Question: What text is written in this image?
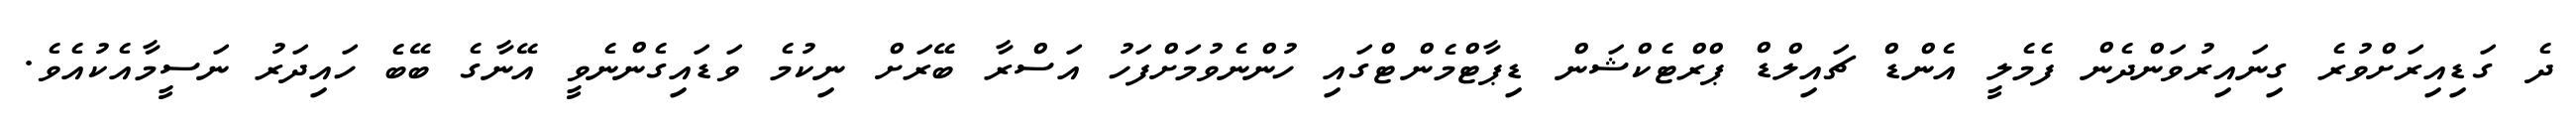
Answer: ދެ ގަޑިއިރަށްވުރެ ގިނައިރުވަންދެން ފެމެލީ އެންޑް ޗައިލްޑް ޕްރްޓެކްޝަން ޑިޕާޓްމެންޓްގައި ހުންނެވުމަށްފަހު އަސްރާ ބޭރަށް ނިކުމެ ވަޑައިގެންނެވީ އޭނާގެ ބޭބެ ހައިދަރު ނަސީމާއެކުއެވެ.